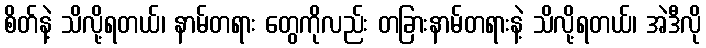
စိတ်နဲ့ သိလို့ရတယ်၊ နာမ်တရား တွေကိုလည်း တခြားနာမ်တရားနဲ့ သိလို့ရတယ်၊ အဲဒီလို